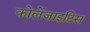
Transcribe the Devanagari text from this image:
कोलेंजाइटिस